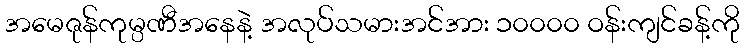
အမေဇုန်ကုမ္ပဏီအနေနဲ့ အလုပ်သမားအင်အား ၁၀၀၀၀ ဝန်းကျင်ခန့်ကို